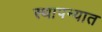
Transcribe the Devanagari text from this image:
स्थापन्यात